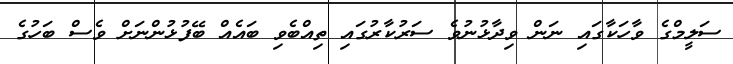
ސަލީމްގެ ވާހަކާގައި ނަން ވިދާޅުނުވެ ސަރުކާރުގައި ތިއްބެވި ބައެއް ބޭފުޅުންނަށް ވެސް ބަހުގެ